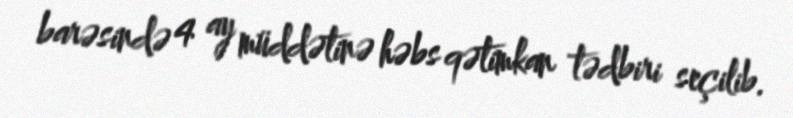
barəsində 4 ay müddətinə həbs qətimkan tədbiri seçilib.